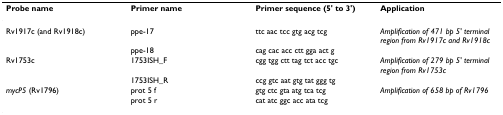
| Probe name | Primer name | Primer sequence (5' to 3') | Application |
 | --- | --- | --- | --- |
 | Rv1917c (and Rv1918c) | ppe-17 | ttc aac tcc gtg acg tcg | Amplification of 471 bp 5' terminal region from Rv1917c and Rv1918c |
 |  | ppe-18 | cag cac acc ctt gga act g |  |
 | Rv1753c | 1753ISH_F | cgg tgg ctt tag tct acc tgc | Amplification of 279 bp 5' terminal region from Rv1753c |
 |  | 1753ISH_R | ccg gtc aat gtg tat ggg tg |  |
 | mycP5 (Rv1796) | prot 5 f | gtg ctc gta atg tca tcg | Amplification of 658 bp of Rv1796 |
 |  | prot 5 r | cat atc ggc acc ata tcg |  |